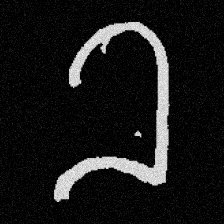
Pyu character \u2014 Myanmar letter: ခ (romanized: kha)